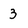
Character: 3